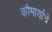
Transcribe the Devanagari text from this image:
कौमार्याचे